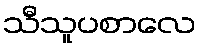
သီသူပစာလေ